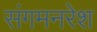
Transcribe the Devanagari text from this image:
संगमनरेश